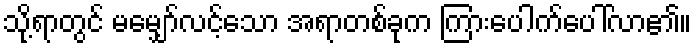
သို့ရာတွင် မမျှော်လင့်သော အရာတစ်ခုက ကြားပေါက်ပေါ်လာ၏။